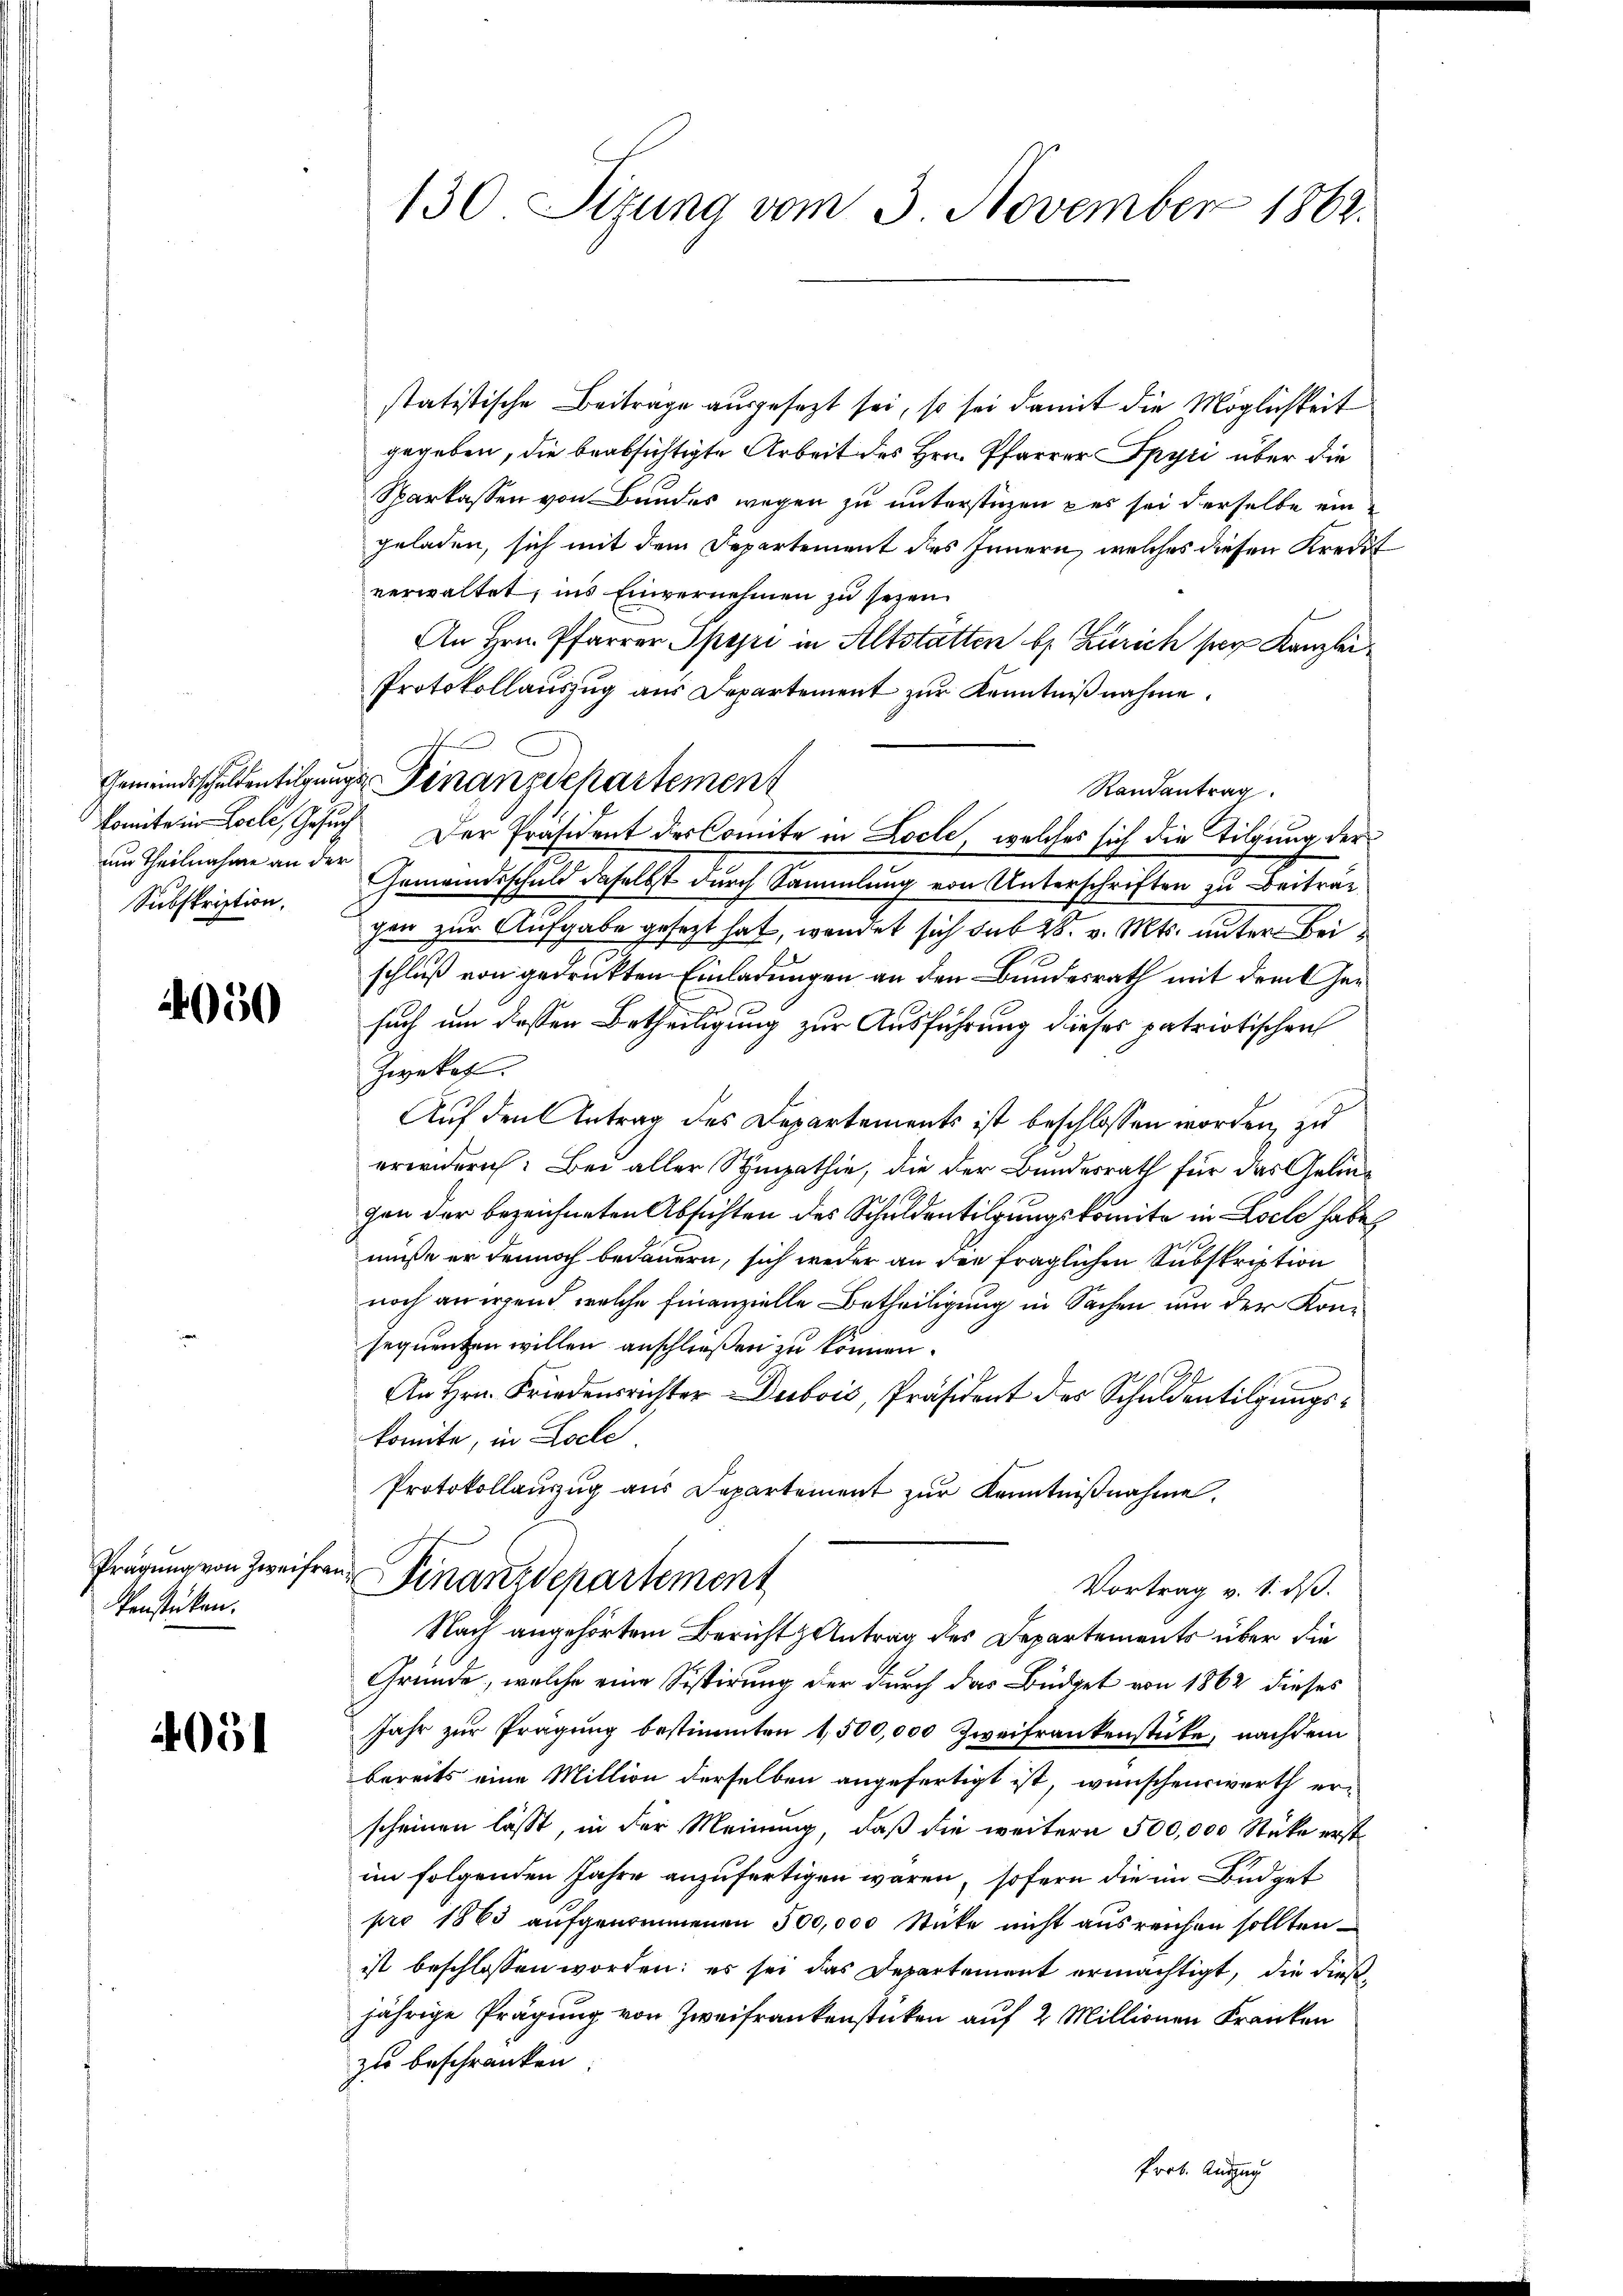
um Theilnahme an der
Subskription,

2050

Prägung von Zweifrau
Venstücken.

4051

130. Sizung vom 3. November 1862.

statistische Beiträge ausgesezt sei, so sei damit die Möglichkeit
gegeben, die beabsichtigte Arbeit des Hrn. Pfarrer Spyri über die
Sparkassen von Bundes wegen zu unterstüzen des sei derselbe eingeladen, sich mit dem Departement des Innern, welches diesen Kredit
verwaltet, ins Einvernehmen zu sezen.
An Hrn. Pfarrer Spyri in Altstatten bes. Zürich sey Kanzlei
Protokollauszug aus Departement zur Kenntnißnahme.
Randantrag
komitein Loeli, Gesuch Der Präsident des Comite in Locle, welches sich die Tilgung der
Gemeindsschuld daselbst durch Sammlung von Unterschriften zu Beiträg
gen zur Aufgabe gesezt hat, wendet sich sub 28. v. Mts. unter Beischluß von gedruckten Einladungen an den Bundesrath mit dem Gesuch um dessen Betheiligung zur Ausführung dieses patriotischen
Zwekef.
Auf den Antrag des Departements ist beschlossen worden, zu
erwidern: Bei aller Sympathie, die der Bundesrath für das Geliegen der bezeichneten Absichten des Schuldentilgungskomite in Loche habe
müsse er dennoch bedauern, sich weder an die fraglichen Subskription
noch an irgend welche finanzielle Betheiligung in Sachen um der Konsequenten willen anschließen zu können.
An Hrn. Friedensrichter Dubois, Präsident des Schuldentilgungskomite, in Loche
Protokollauszug aus Departement zur Kenntnißnahme.
 Finanzdepartement
Vortrag v. 1. dß.
Nach angehörtem Bericht Antrag des Departements über die
Gründe, welche eine Sistirung der durch das Büdget von 1862 dieses
Jahr zur Prägung bestimmten 1,500,000 Zweifrankenstücke, nachdem
bereits eine Million derselben angefertigt ist, wünschenswerth erscheinen lässt, in der Meinung, daß die weitern 500,000 Stücke erste
im folgenden Jahre anzufertigen wären, sofern die im Büdget
pro 1863 aufgenommenen 500,000 Stücke nicht ausreichen sollten
ist beschlossen worden; es sei das Departement ermächtigt, die dießjährige Prägung von Zweifrankenstücken auf 2 Millionen Kranken
zu beschränken.
Prot. Auszug

Gemeindsschuldentilgung Finanzdepartement